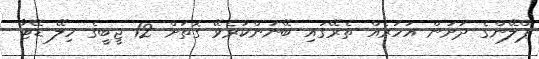
ޕްލޭންގެ ދަށުން އަހަރެއް ތެރޭގައި ބޭނުންކުރެވޭ ގޮތަށް 12 ޖީބީގެ ހިލޭ ޑޭޓާ